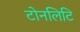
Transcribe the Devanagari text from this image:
टोनलिटि